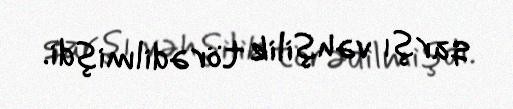
qarşı vəhşilik törədilmişdi.